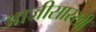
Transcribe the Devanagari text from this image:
आजीसारखी